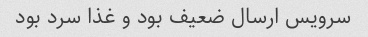
سرویس ارسال ضعیف بود و غذا سرد بود